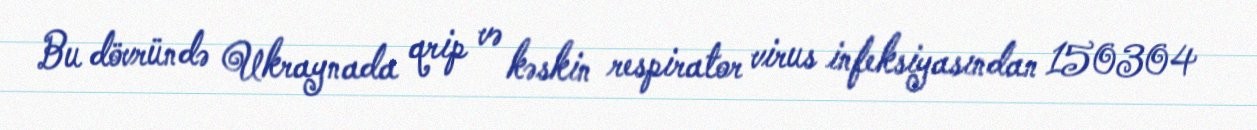
Bu dövründə Ukraynada qrip və kəskin respirator virus infeksiyasından 150304